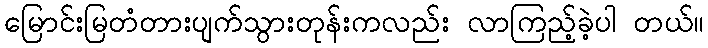
မြောင်းမြတံတားပျက်သွားတုန်းကလည်း လာကြည့်ခဲ့ပါ တယ်။